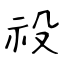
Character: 祋